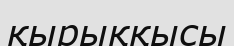
қырыққысы